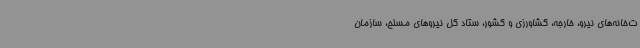
ت‌خانه‌های نیرو، خارجه، کشاورزی و کشور، ستاد کل نیروهای مسلح، سازمان